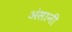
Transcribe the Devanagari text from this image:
अंसानी